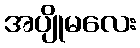
အပျိုမလေး